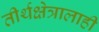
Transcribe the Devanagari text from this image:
तीर्थक्षेत्रालाही